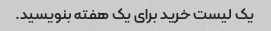
یک لیست خرید برای یک هفته بنویسید.